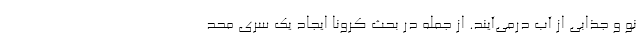
نو و جذابی از آب درمی‌آیند. از جمله در بحث کرونا ایجاد یک سری محد